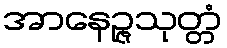
အာနေဉ္ဇသုတ္တံ